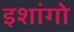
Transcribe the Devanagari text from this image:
इशांगो